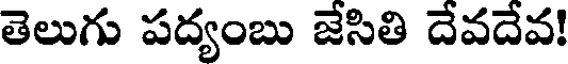
తెలుగు పద్యంబు జేసితి దేవదేవ!